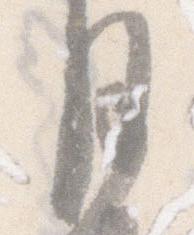
月